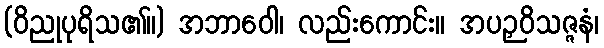
(ဝိညုပုရိသ၏။) အဘာဝေါ၊ လည်းကောင်း။ အပဉှဝိသဇ္ဇနံ၊